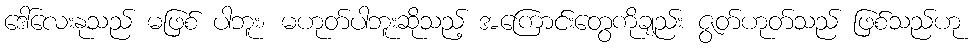
ဒေါ်လေးနုသည် မဖြစ် ပါဘူး၊ မဟုတ်ပါဘူးဆိုသည့် အကြောင်းတွေကိုချည်း ဇွတ်ဟုတ်သည် ဖြစ်သည်ဟု